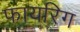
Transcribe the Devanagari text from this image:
फायरिग